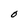
Character: O